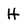
Character: H